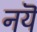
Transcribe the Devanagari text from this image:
नयॆ